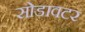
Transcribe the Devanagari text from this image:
सोडावटर